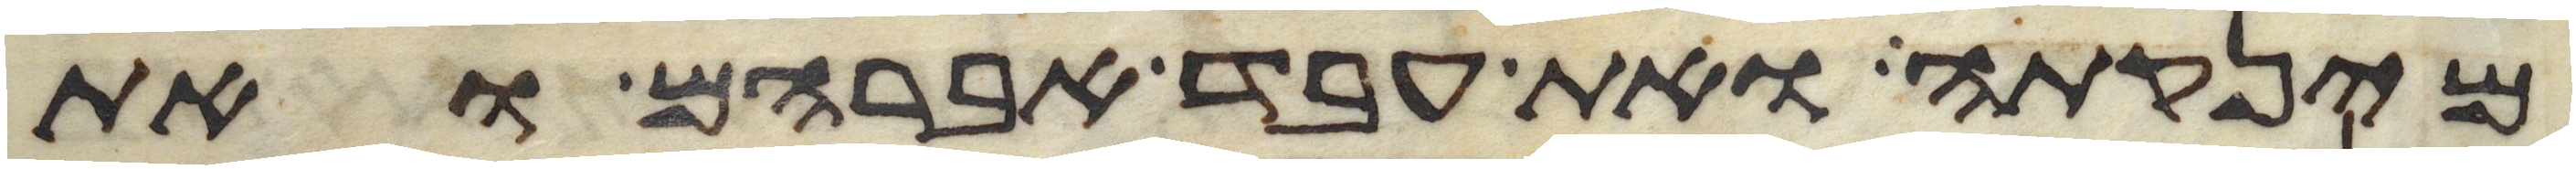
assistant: מינקתה ואת עבד אברהם ואת